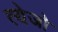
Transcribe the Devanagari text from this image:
त्येजो